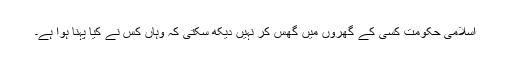
اسلامی حکومت کسی کے گھروں میں گھس کر نہیں دیکھ سکتی کہ وہاں کس نے کیا پہنا ہوا ہے۔